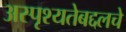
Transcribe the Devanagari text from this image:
अस्पृश्यतेबद्दलचे